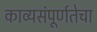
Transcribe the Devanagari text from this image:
काव्यसंपूर्णतेचा